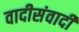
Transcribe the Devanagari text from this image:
वादीसंवादी